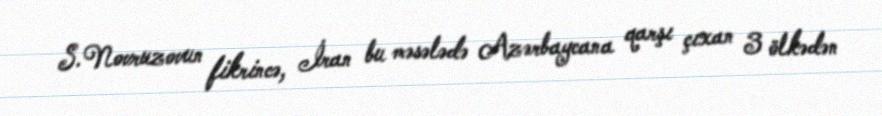
S.Novruzovun fikrincə, İran bu məsələdə Azərbaycana qarşı çıxan 3 ölkədən